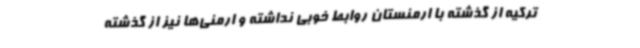
ترکیه از گذشته با ارمنستان روابط خوبی نداشته و ارمنی‌ها نیز از گذشته